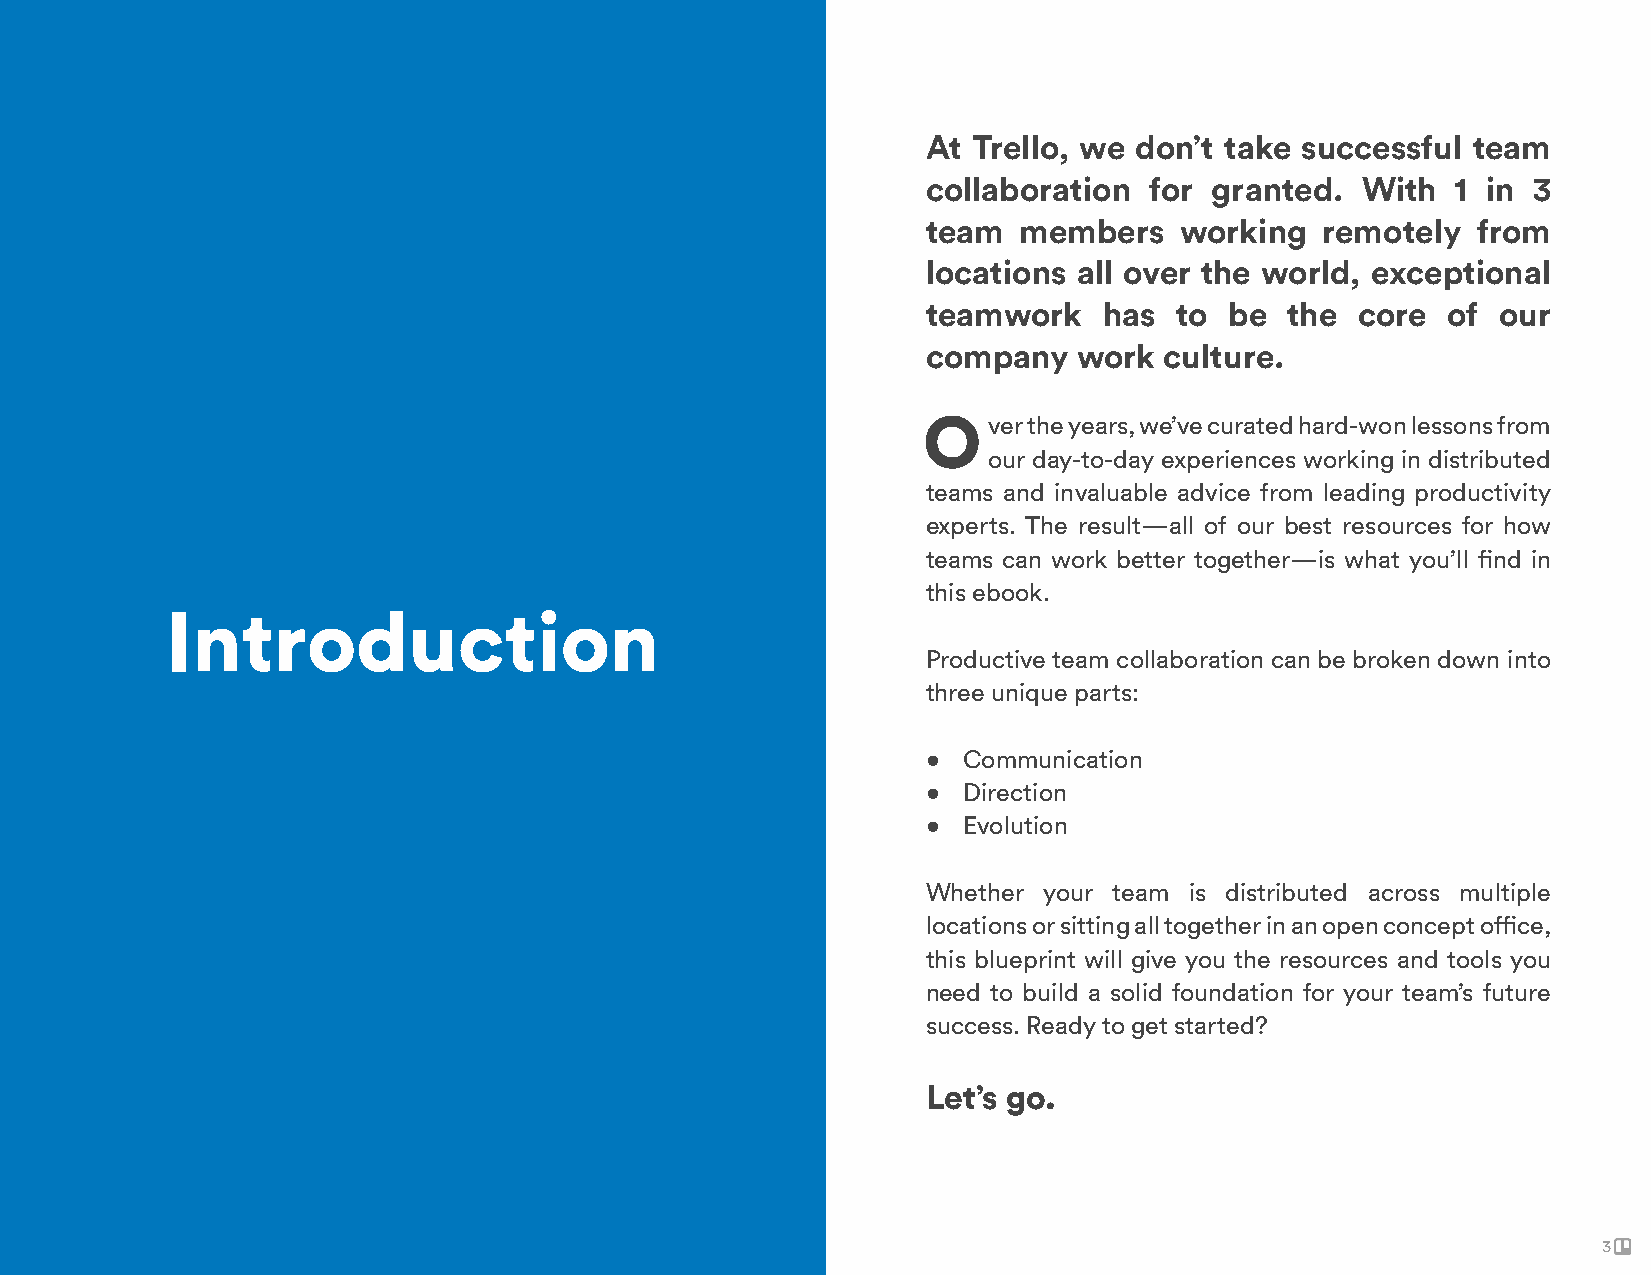
At Trello, we don’t take successful team
 collaboration  for granted.  With  1 in 3
 team  members    working   remotely  from
 locations all over the world, exceptional
 teamwork    has  to be  the  core  of our
 company   work  culture.
 O   ver the years, we’ve curated hard-won lessons from
 our day-to-day experiences working in distributed
 teams and invaluable advice from leading productivity
 experts. The result—all of our best resources for how
 teams can work better together—is what you’ll find in
 this ebook.
 Introduction
 Productive team collaboration can be broken down into
 three unique parts:
 •  Communication
 •  Direction
 •  Evolution
 Whether your team is distributed across multiple
 locations or sitting all together in an open concept office,
 this blueprint will give you the resources and tools you
 need to build a solid foundation for your team’s future
 success. Ready to get started?
 Let’s go.
 3
 3